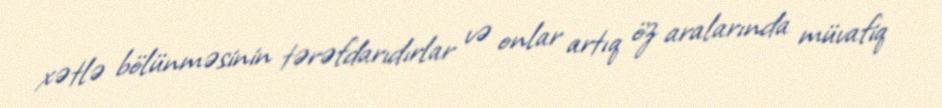
xətlə bölünməsinin tərəfdarıdırlar və onlar artıq öz aralarında müvafiq